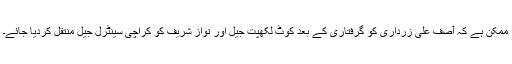
ممکن ہے کہ آصف علی زرداری کو گرفتاری کے بعد کوٹ لکھپت جیل اور نواز شریف کو کراچی سینٹرل جیل منتقل کردیا جائے۔